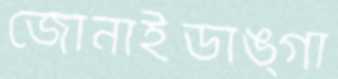
জোনাইডাঙ্গা